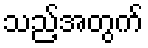
သည့်အတွက်